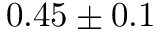
0 . 4 5 \pm 0 . 1